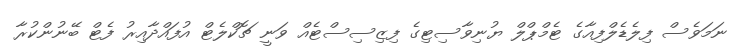
ނަމަވެސް ފިލެޑެލްފިއާގެ ޓެމްޕްލް ޔުނިވާސިޓިގެ ފިޒިސިސްޓެއް ވަނީ ޗޮކްލެޓް އުފައްދާއިރު ފެޓް ބޭނުންކުރާ